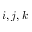
i , j , k